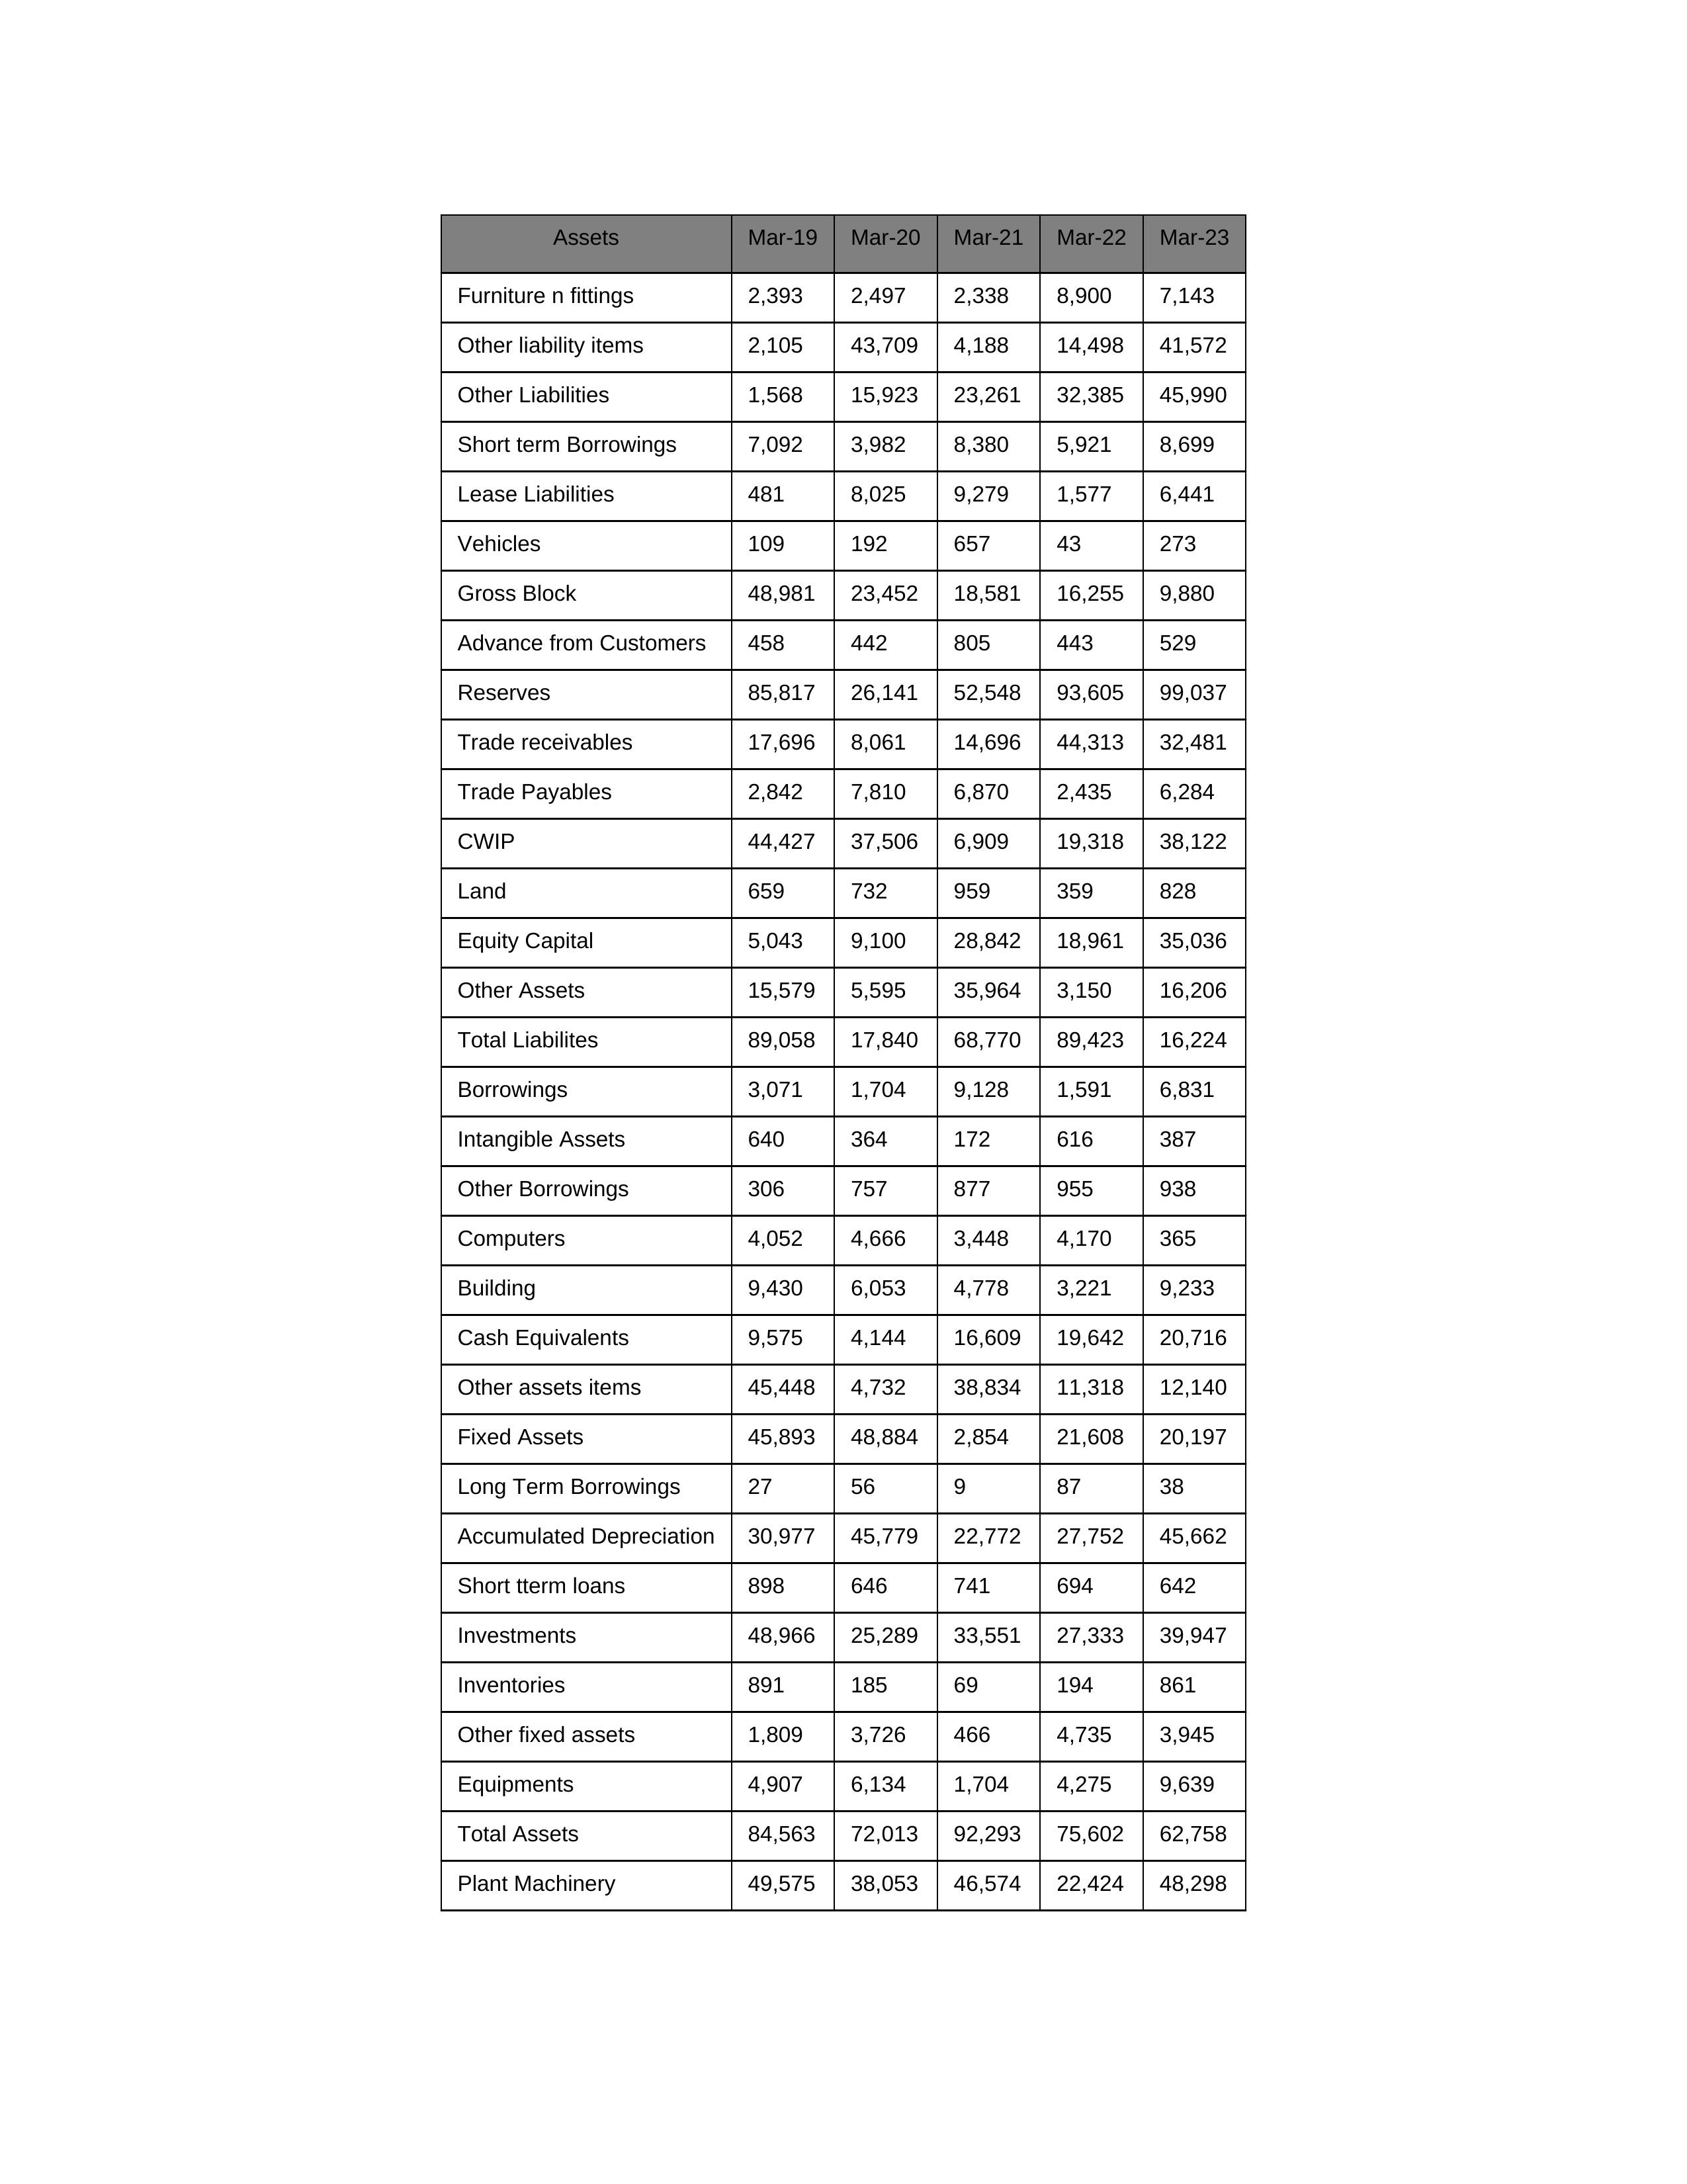
gt_parse: Mar-19: Equity Capital: 5,043
Reserves: 85,817
Borrowings: 3,071
Long Term Borrowings: 27
Short term Borrowings: 7,092
Lease Liabilities: 481
Other Borrowings: 306
Other Liabilities: 1,568
Trade Payables: 2,842
Advance from Customers: 458
Other liability items: 2,105
Total Liabilites: 89,058
Fixed Assets: 45,893
Land: 659
Building: 9,430
Plant Machinery: 49,575
Equipments: 4,907
Computers: 4,052
Furniture n fittings: 2,393
Vehicles: 109
Intangible Assets: 640
Other fixed assets: 1,809
Gross Block: 48,981
Accumulated Depreciation: 30,977
CWIP: 44,427
Investments: 48,966
Other Assets: 15,579
Inventories: 891
Trade receivables: 17,696
Cash Equivalents: 9,575
Short tterm loans: 898
Other assets items: 45,448
Total Assets: 84,563
Mar-20: Equity Capital: 9,100
Reserves: 26,141
Borrowings: 1,704
Long Term Borrowings: 56
Short term Borrowings: 3,982
Lease Liabilities: 8,025
Other Borrowings: 757
Other Liabilities: 15,923
Trade Payables: 7,810
Advance from Customers: 442
Other liability items: 43,709
Total Liabilites: 17,840
Fixed Assets: 48,884
Land: 732
Building: 6,053
Plant Machinery: 38,053
Equipments: 6,134
Computers: 4,666
Furniture n fittings: 2,497
Vehicles: 192
Intangible Assets: 364
Other fixed assets: 3,726
Gross Block: 23,452
Accumulated Depreciation: 45,779
CWIP: 37,506
Investments: 25,289
Other Assets: 5,595
Inventories: 185
Trade receivables: 8,061
Cash Equivalents: 4,144
Short tterm loans: 646
Other assets items: 4,732
Total Assets: 72,013
Mar-21: Equity Capital: 28,842
Reserves: 52,548
Borrowings: 9,128
Long Term Borrowings: 9
Short term Borrowings: 8,380
Lease Liabilities: 9,279
Other Borrowings: 877
Other Liabilities: 23,261
Trade Payables: 6,870
Advance from Customers: 805
Other liability items: 4,188
Total Liabilites: 68,770
Fixed Assets: 2,854
Land: 959
Building: 4,778
Plant Machinery: 46,574
Equipments: 1,704
Computers: 3,448
Furniture n fittings: 2,338
Vehicles: 657
Intangible Assets: 172
Other fixed assets: 466
Gross Block: 18,581
Accumulated Depreciation: 22,772
CWIP: 6,909
Investments: 33,551
Other Assets: 35,964
Inventories: 69
Trade receivables: 14,696
Cash Equivalents: 16,609
Short tterm loans: 741
Other assets items: 38,834
Total Assets: 92,293
Mar-22: Equity Capital: 18,961
Reserves: 93,605
Borrowings: 1,591
Long Term Borrowings: 87
Short term Borrowings: 5,921
Lease Liabilities: 1,577
Other Borrowings: 955
Other Liabilities: 32,385
Trade Payables: 2,435
Advance from Customers: 443
Other liability items: 14,498
Total Liabilites: 89,423
Fixed Assets: 21,608
Land: 359
Building: 3,221
Plant Machinery: 22,424
Equipments: 4,275
Computers: 4,170
Furniture n fittings: 8,900
Vehicles: 43
Intangible Assets: 616
Other fixed assets: 4,735
Gross Block: 16,255
Accumulated Depreciation: 27,752
CWIP: 19,318
Investments: 27,333
Other Assets: 3,150
Inventories: 194
Trade receivables: 44,313
Cash Equivalents: 19,642
Short tterm loans: 694
Other assets items: 11,318
Total Assets: 75,602
Mar-23: Equity Capital: 35,036
Reserves: 99,037
Borrowings: 6,831
Long Term Borrowings: 38
Short term Borrowings: 8,699
Lease Liabilities: 6,441
Other Borrowings: 938
Other Liabilities: 45,990
Trade Payables: 6,284
Advance from Customers: 529
Other liability items: 41,572
Total Liabilites: 16,224
Fixed Assets: 20,197
Land: 828
Building: 9,233
Plant Machinery: 48,298
Equipments: 9,639
Computers: 365
Furniture n fittings: 7,143
Vehicles: 273
Intangible Assets: 387
Other fixed assets: 3,945
Gross Block: 9,880
Accumulated Depreciation: 45,662
CWIP: 38,122
Investments: 39,947
Other Assets: 16,206
Inventories: 861
Trade receivables: 32,481
Cash Equivalents: 20,716
Short tterm loans: 642
Other assets items: 12,140
Total Assets: 62,758